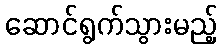
ဆောင်ရွက်သွားမည့်